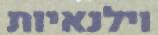
וילנאיות